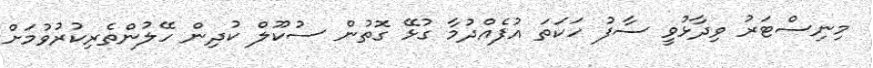
މިނިސްޓަރު ވިދާޅުވީ ސާފު ހަކަތަ އުފެއްދުމާ ގުޅޭ ގޮތުން ސުކޫލް ކުދިން ހޭލުންތެރިކުރުވުމަށް